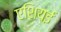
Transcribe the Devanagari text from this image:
एशियई